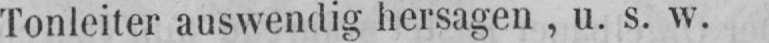
Tonleiter auswendig hersagen, u. s. w.